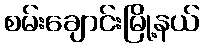
စမ်းချောင်းမြို့နယ်